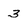
Character: 3